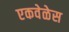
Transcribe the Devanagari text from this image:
एकवेळेस